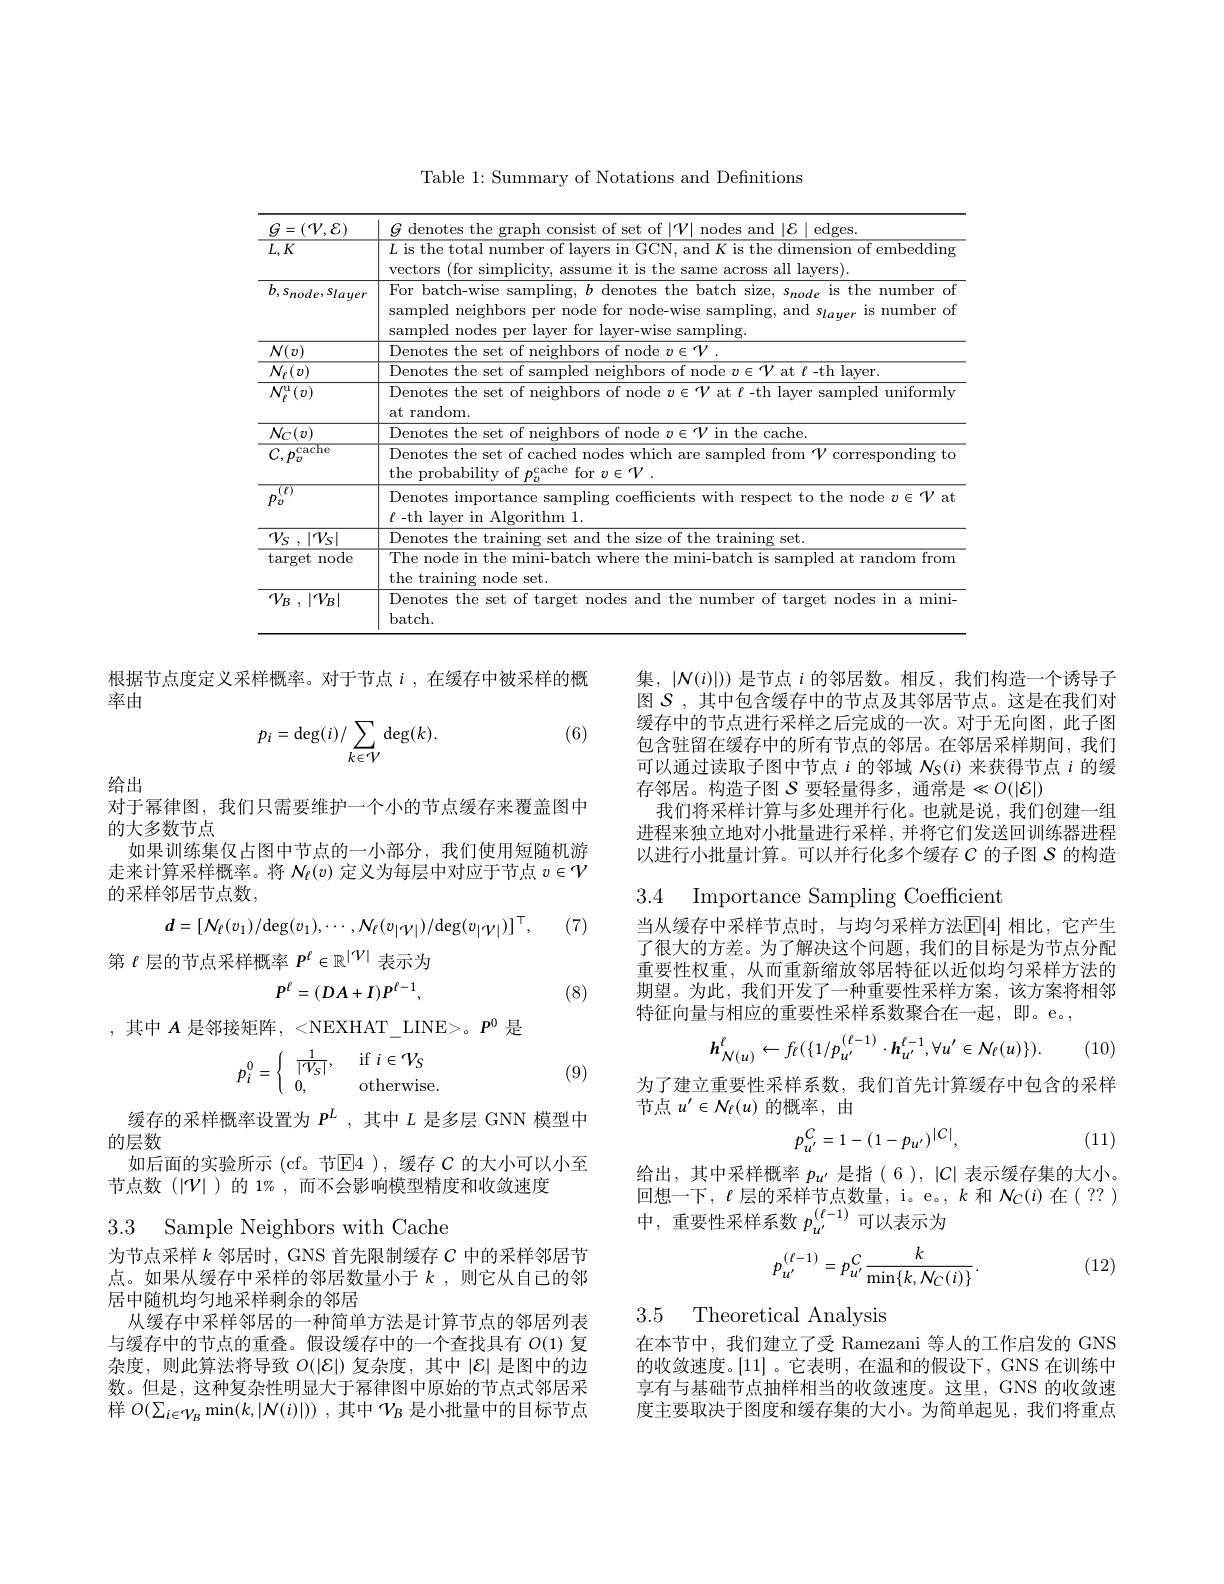
Table 1: Summary of Notations and Definitions
<table>
	<tbody>
		<tr>
			<td>$G=(\mathcal{V},\mathcal{E})$</td>
			<td>$G$ denotes the graph L consist ot ${\frac{1}{2}}{1}{V}$ nodes and $| \mathcal{E} |$ edges</td>
		</tr>
		<tr>
			<td>$L,K$</td>
			<td>$L$ is the total number of layers in GCN, and K is the dimension of embedding vectors (for simplicity, assume it is the same across all layers).</td>
		</tr>
		<tr>
			<td>$b,s_{node},s_{layer}$</td>
			<td>For batch-wise sampling, $b$ denotes the batch size, $s_{node}$ is the number of sampled neighbors per node for node-wise sampling, and s$_layer$ is number of sampled nodes per layer for layer-wise sampling.</td>
		</tr>
		<tr>
			<td>$\mathcal{N}(v)$</td>
			<td>Denotes the of node $v\in \mathcal{V}$</td>
		</tr>
		<tr>
			<td>$N_{\ell}(v)$</td>
			<td>Denotes the set of samp at $\ell$-th laver</td>
		</tr>
		<tr>
			<td>${\mathcal N}_{\ell}^{\mathrm{u}}(v)$</td>
			<td>Denotes the set of neighbors of node $v\in\mathcal{V}$ at $\ell$ -th layer sampled uniformly at random</td>
		</tr>
		<tr>
			<td> -1</td>
			<td> </td>
		</tr>
		<tr>
			<td>$\overline{{C,p_{v}^{\mathrm{cache}}}}$</td>
			<td>Denotes the set of cached nodes which are sampled from $\mathcal{V}$ corresponding ta the probability of $\eta_{\mathrm{cache~for~}v\in\mathcal{V}}$</td>
		</tr>
		<tr>
			<td>$\overline{f}$</td>
			<td>Denotes importance sampling coefficients with respect to the node $v\in\mathcal{V}$ at</td>
		</tr>
		<tr>
			<td>$\mathcal{V} _{S}$ , $| \mathcal{V} _{S}|$</td>
			<td>Denotes training set tralnınp the</td>
		</tr>
		<tr>
			<td>$\operatorname{target}$ node </td>
			<td>The node in the mini-batch where the mini-batch is sampled at random from the training node set</td>
		</tr>
		<tr>
			<td>$\mathcal{V} _{B}$ , $| \mathcal{V} _{B}|$</td>
			<td>Denotes the set of target nodes and the number of target nodes in a mini- $batch.$</td>
		</tr>
	</tbody>
</table>

根据节点度定义采样概率。对于节点$i$ ,在缓存中被采样的概
率由
$$p_i=\deg(i)/\sum_{k\in\mathcal{V}}\deg(k).$$
(6)

给出

对于幂律图，我们只需要维护一个小的节点缓存来覆盖图中
的大多数节点
如果训练集仅占图中节点的一小部分，我们使用短随机游走来计算采样概率。将$N_\ell(v)$定义为每层中对应于节点$v\in\mathcal{V}$ 的采样邻居节点数，
$$d=[\mathcal{N}_{\ell}(v_{1})/\mathrm{deg}(v_{1}),\cdots,\mathcal{N}_{\ell}(v_{|\mathcal{V}|})/\mathrm{deg}(v_{|\mathcal{V}|})]^{\top},$$
(7)

第$\ell$层的节点采样概率$P^\ell\in\mathbb{R}^{|\mathcal{V}|}$表示为
$$P^\ell=(DA+I)P^{\ell-1},$$
(8)

,其中$A$是邻接矩阵，<NEXHAT\_LINE>。$P^0$是
$$p_i^0=\begin{cases}&\frac{1}{|\mathcal{V}_S|},&\text{if}i\in\mathcal{V}_S\\&0,&\text{otherwise.}\end{cases}$$
(9)

缓存的采样概率设置为$P^L$ ,其中$L$是多层 GNN 模型中
的层数
如后面的实验所示 (cf。节$\mathbb{E}$4 ),缓存 $C$ 的大小可以小至
节点数(|V|)的 1% ,而不会影响模型精度和收敛速度

3.3 Sample Neighbors with Cache

为节点采样$k$邻居时，GNS 首先限制缓存$C$中的采样邻居节点。如果从缓存中采样的邻居数量小于$k$ ,则它从自己的邻居中随机均匀地采样剩余的邻居
从缓存中采样邻居的一种简单方法是计算节点的邻居列表与缓存中的节点的重叠。假设缓存中的一个查找具有$O(1)$复杂度，则此算法将导致$O(|\mathcal{E}|)$复杂度，其中$|\mathcal{E}|$是图中的边数。但是，这种复杂性明显大于幂律图中原始的节点式邻居采样$O( \sum _{i\in \mathcal{V} _B}\min ( k, | \mathcal{N} ( i) | ) )$ ,其中$\mathcal{V}_B$是小批量中的目标节点

集，$|N(i)|)$是节点$i$的邻居数。相反，我们构造一个诱导子图$\mathcal{S}$ ,其中包含缓存中的节点及其邻居节点。这是在我们对缓存中的节点进行采样之后完成的一次。对于无向图，此子图包含驻留在缓存中的所有节点的邻居。在邻居采样期间，我们可以通过读取子图中节点$i$的邻域$N_S(i)$来获得节点$i$的缓存邻居。构造子图 $\mathcal{S}$ 要轻量得多，通常是$\ll O(|\mathcal{E}|)$
我们将采样计算与多处理并行化。也就是说，我们创建一组进程来独立地对小批量进行采样，并将它们发送回训练器进程以进行小批量计算。可以并行化多个缓存$C$的子图$S$的构造

3.4 Importance Sampling Coefficient

当从缓存中采样节点时，与均匀采样方法$\mathbb{E}[4]$ 相比，它产生了很大的方差。为了解决这个问题，我们的目标是为节点分配重要性权重，从而重新缩放邻居特征以近似均匀采样方法的期望。为此，我们开发了一种重要性采样方案，该方案将相邻特征向量与相应的重要性采样系数聚合在一起，即。e。,
$$\boldsymbol{h}_{\mathcal{N}(u)}^{\ell}\leftarrow f_{\ell}(\{1/p_{u'}^{(\ell-1)}\cdot\boldsymbol{h}_{u'}^{\ell-1},\forall u'\in\mathcal{N}_{\ell}(u)\}).$$
(10)

为了建立重要性采样系数，我们首先计算缓存中包含的采样
节点$u^{\prime}\in\mathcal{N}_\ell(u)$的概率，由
$$p_{u'}^C=1-(1-p_{u'})^{|C|},$$
(11)

给出，其中采样概率$p_u^{\prime}$是指(6),|C|表示缓存集的大小。回想一下，$\ell$层的采样节点数量，i。e。$,k$和$\mathcal{N}_C(i)$在(??) 中，重要性采样系数 $p_{u^{\prime}}^{(\ell-1)}$可以表示为

(12)
$$p_{u'}^{(\ell-1)}=p_{u'}^{C}\frac{k}{\min\{k,\mathcal{N}_{C}(i)\}}.$$
3.5 Theoretical Analysis

在本节中，我们建立了受 Ramezani 等人的工作启发的 GNS 的收敛速度。[11] 。它表明，在温和的假设下，GNS 在训练中享有与基础节点抽样相当的收敛速度。这里，GNS 的收敛速度主要取决于图度和缓存集的大小。为简单起见，我们将重点